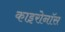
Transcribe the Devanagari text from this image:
काइरोनॉस